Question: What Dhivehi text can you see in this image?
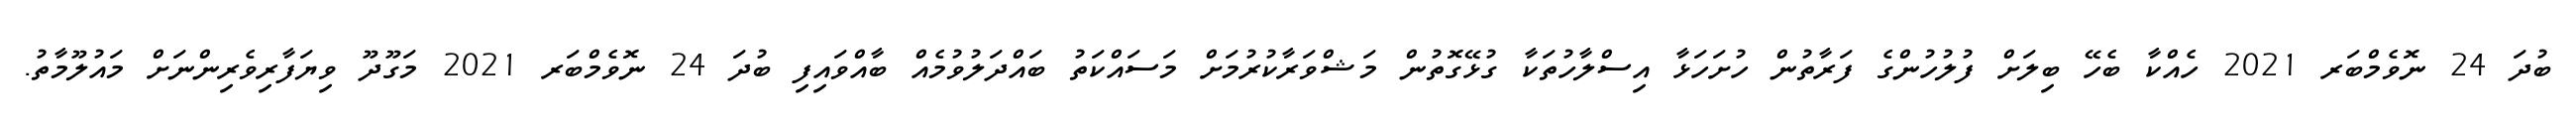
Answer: ބުދަ 24 ނޮވެމްބަރ 2021 ހެއްކާ ބެހޭ ބިލަށް ފުލުހުންގެ ފަރާތުން ހުށަހަޅާ އިސްލާހުތަކާ ގުޅޭގޮތުން މަޝްވަރާކުރުމަށް މަސައްކަތު ބައްދަލުވުމެއް ބާއްވައިފި ބުދަ 24 ނޮވެމްބަރ 2021 މަގޫދޫ ވިޔަފާރިވެރިންނަށް މައުލޫމާތު.